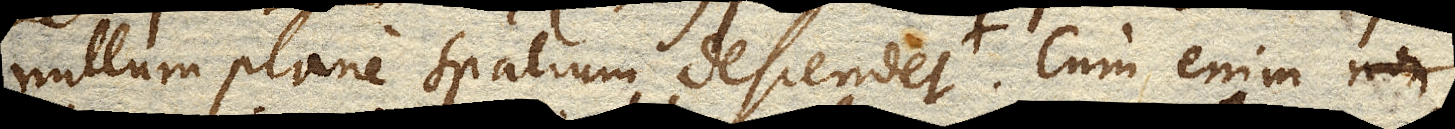
nullum plane spatium descendet. Cum enim non